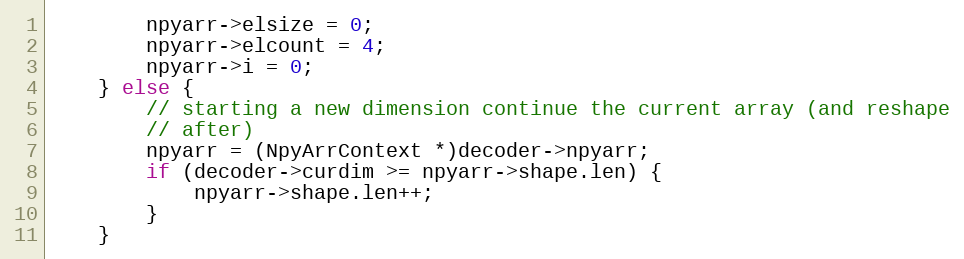
Language: C
        npyarr->elsize = 0;
        npyarr->elcount = 4;
        npyarr->i = 0;
    } else {
        // starting a new dimension continue the current array (and reshape
        // after)
        npyarr = (NpyArrContext *)decoder->npyarr;
        if (decoder->curdim >= npyarr->shape.len) {
            npyarr->shape.len++;
        }
    }